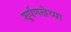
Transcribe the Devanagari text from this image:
शूर्पणखेच्या